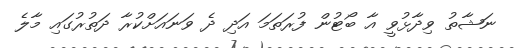
ނަޝާތު ވިދާޅުވީ އާ ބޯޓުން ފުރަތަމަ އަދި ދެ ވަނައަށްކުރާ ދަތުރުގައި މާލެ